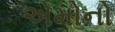
એમોનો